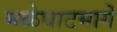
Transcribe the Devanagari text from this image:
मळेघाटमार्गे